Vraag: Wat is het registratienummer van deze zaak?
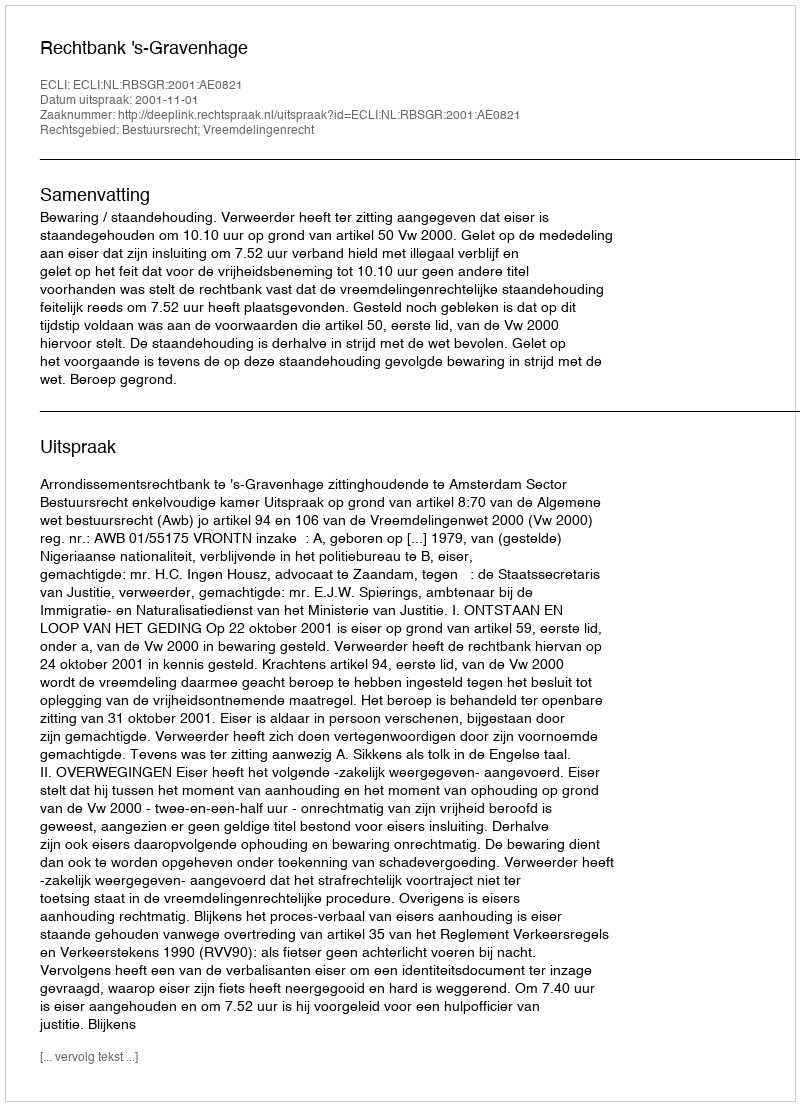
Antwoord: http://deeplink.rechtspraak.nl/uitspraak?id=ECLI:NL:RBSGR:2001:AE0821